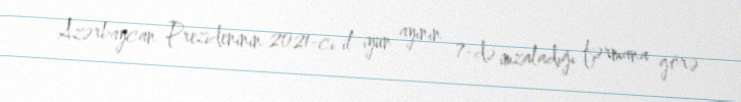
Azərbaycan Prezideninin 2021-ci il iyun ayının 7-də imzaladığı fərmana görə